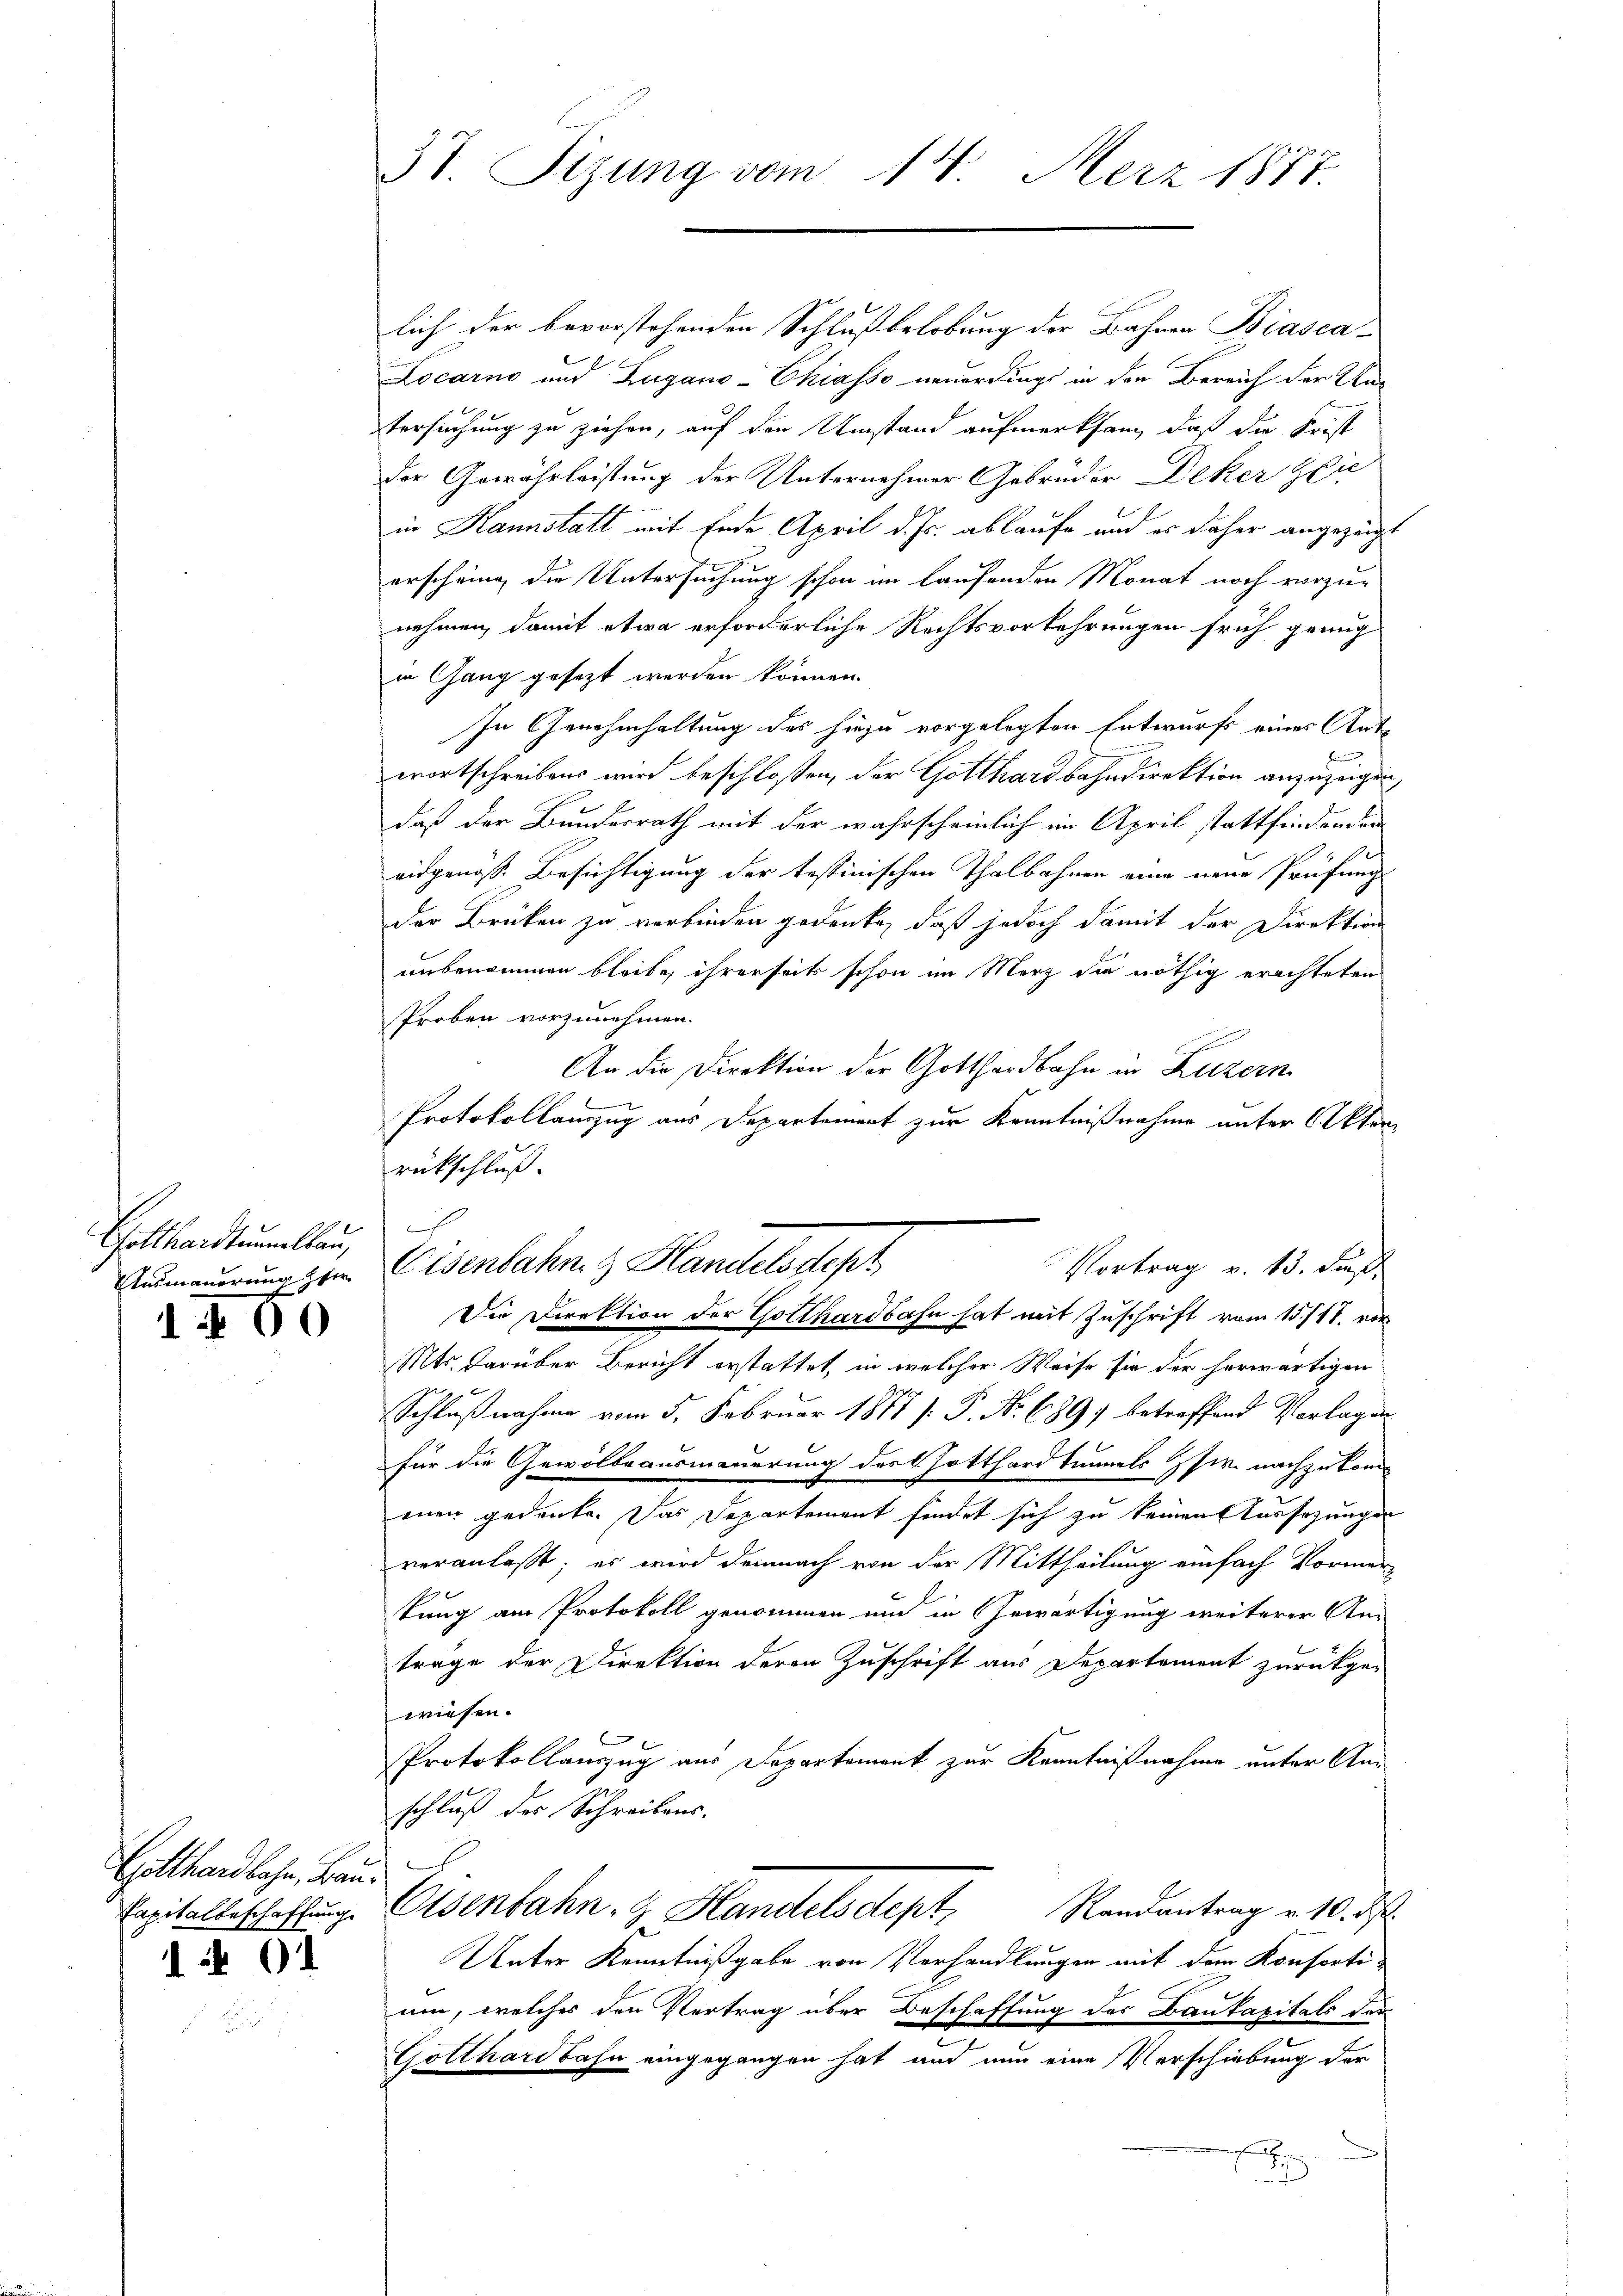
Gotthardtunnellan

100

Gotthardbahn, Bau¬
1 01

lich der bevorstehenden Schlußbelobung der Bahnen Biasca-
Locarno und Zugano-Chiasso neuerdings in den Bereich der Un-
tersuchung zu ziehen, auf den Umstand aufmerksam, daß die Frist
der Gewährleistung der Unternehmer Gebrüder Deker Zeic
in Kannstatt mit Ende April d. Js. ablaufe und es daher angezeigt
erschring die Untersuchung schon im laufenden Monat noch vorzu-
nehmen, damit etwa erforderliche Rechtsvorkehrungen früh genug
in Gang gesezt werden können.
In Genehmhaltung des hiezu vorgelegten Entwurfs eines Art
B
wortschreibens wird beschlossen, der Gotthardbahndirektion anzuzeigen,
daß der Bundesrath mit der wahrscheinlich im April stattfindenden
Pe
eidgenoss. Besichtigung der testinischen Thalbahnen eine neue Prüfungs
der Brüken zu verbinden gedenke, daß jedoch damit der Direktion
unbenommen bleibe, ihrerseit schon im Merz die nöthig erachteten
Proben vorzunehmen.
An die Direktion der Gotthardbahn in Luzern
.
Protokollauszug aus Departement zur Kenntnißnahme unter Akten
rückschluß.
2
Vortrag v. 13. Fuß,
Ausmauerung zum Eisenbahn & Handelsdept
Die Direktion der Gotthardbahn hat mit Zuschrift vom 15./18. vor
Mts. darüber Bericht erstattet, in welcher Weise sie der herwärtigen
Schlußnahme vom 5. Februar 1877 [ P. Nr. 689 betreffend Vorlagen
für die Gewölbeausmauerung des Gotthard Timels zw. nachzukom
enen gedenke. Das Departement findet sich zu keinen Aussezungen
veranlaßt, es wird demnach von der Mittheilung einfach Vormer-
tung am Protokoll genommen und in Gewärtigung weiterer An-
trage der Direktion deren Zuschrift aus Departement zurückge-
wiesen.
b
Protokollauszug aus Departement zur Kenntnißnahme unter Anschluß des Schreibens.
Randantrag v. 10. d.
Spitalbeschaffung. Eisenbahn, Handels dept
Unter Kenntnißgabe von Verhandlungen mit dem Konsorti-
um, welches den Vertrag über Beschaffung des Baukapitals der
Gotthard Bahn eingegangen hat und nun eine Verschiebung der
x

37. Sizung vom 14. März 1877.